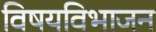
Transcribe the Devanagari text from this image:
विषयविभाजन